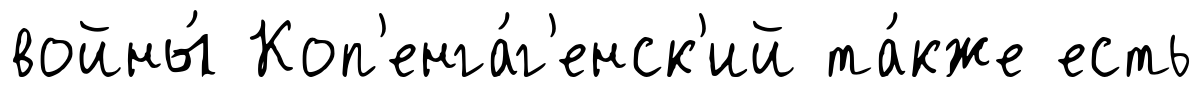
войны́ Коп'енга́г'енск'ий та́кже есть